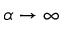
\alpha \to \infty